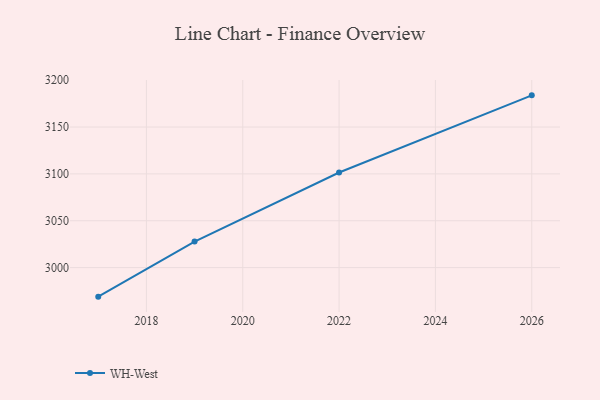
{"axis": {"x": "Year", "y": "Energy Usage (MWh)"}, "legend": ["WH-West"], "data": [{"x": "2017", "y": 2969.0, "type": "WH-West"}, {"x": "2019", "y": 3027.8, "type": "WH-West"}, {"x": "2022", "y": 3101.5, "type": "WH-West"}, {"x": "2026", "y": 3183.8, "type": "WH-West"}]}